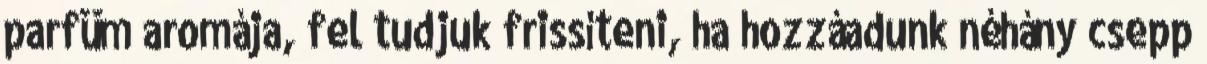
parfüm aromája, fel tudjuk frissíteni, ha hozzáadunk néhány csepp